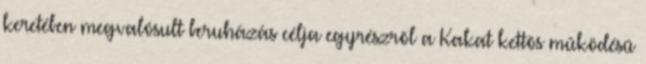
keretében megvalósult beruházás célja egyrészrõl a Kakat kettõs mûködésû